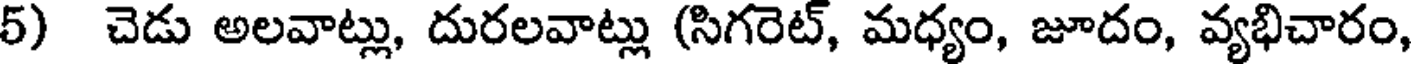
5) చెడు అలవాట్లు, దురలవాట్లు (సిగరెట్, మధ్యం, జూదం, వ్యభిచారం,